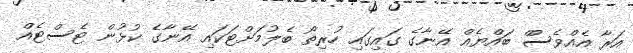
އަރާ އެއްވެސްް ބައްޔެއް އޭނާގެ ގައިގައި ހުރިތޯ ބެލުމަށްޓަކައި އޭނާގެ ކުޅުން ޓެސްޓެއް